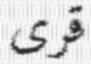
قرى